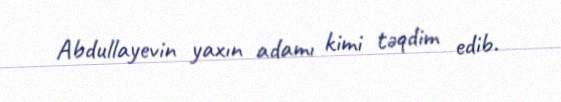
Abdullayevin yaxın adamı kimi təqdim edib.